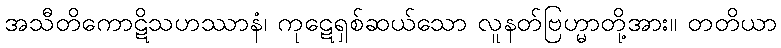
အသီတိကောဋိသဟဿာနံ၊ ကုဋေရှစ်ဆယ်သော လူနတ်ဗြဟ္မာတို့အား။ တတိယာ